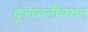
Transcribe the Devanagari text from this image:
दूरध्वनीवरुन